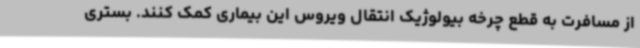
از مسافرت به قطع چرخه بیولوژیک انتقال ویروس این بیماری کمک کنند. بستری